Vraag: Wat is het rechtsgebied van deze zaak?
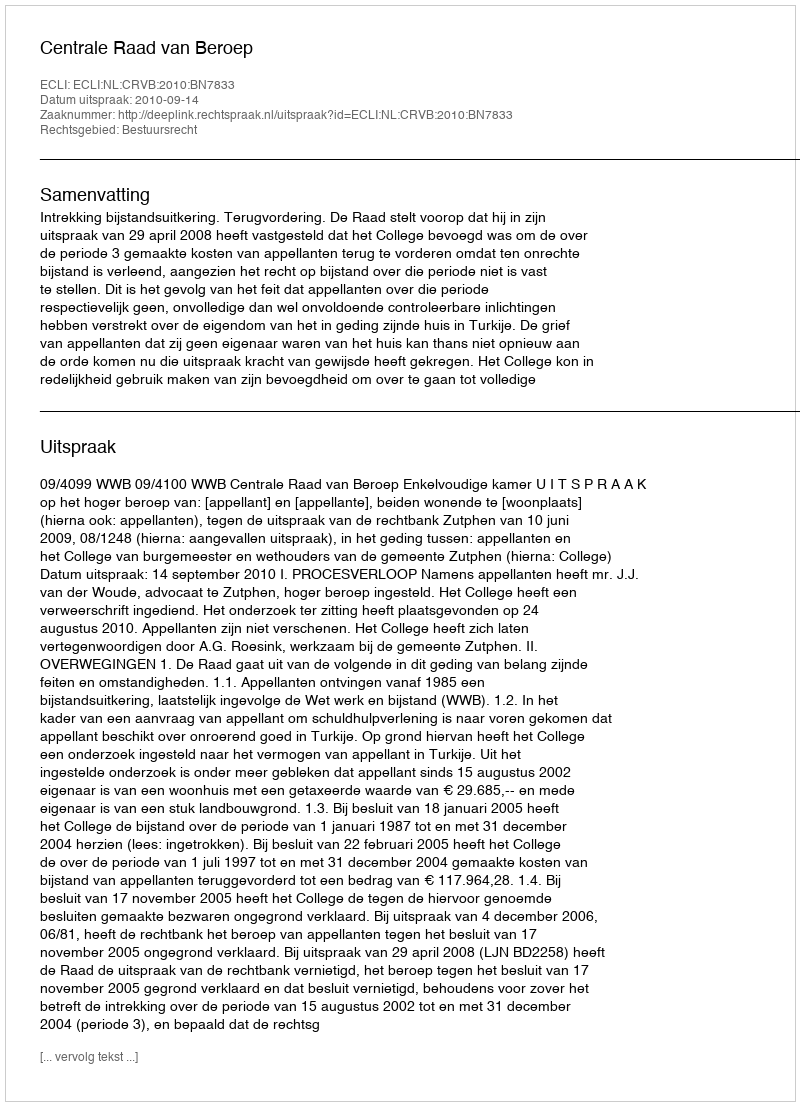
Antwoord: Bestuursrecht